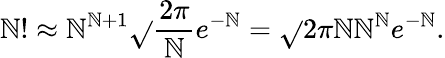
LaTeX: \mathbb{N}!\approx\mathbb{N}^{\mathbb{N}+1}{\sqrt{}{{\frac{{2\pi}}{{\mathbb{N}}}}}}e^{-\mathbb{N}}={\sqrt{}{{2\pi\mathbb{N}}}}\mathbb{N}^{\mathbb{N}}e^{-\mathbb{N}}.